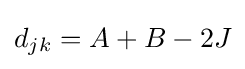
d_{jk}=A+B-2J